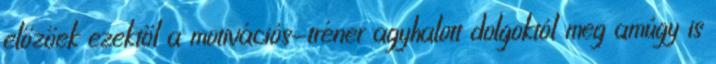
előzőek ezektől a motivációs-tréner agyhalott dolgoktól meg amúgy is